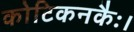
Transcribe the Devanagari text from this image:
कोटिकनकैः।